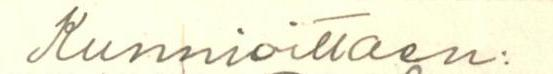
Kunnioittaen: